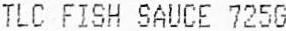
TLC FISH SAUCE 725G